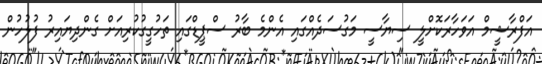
އަފްރާޝީމް އަވަހާރަކޮށްލީ ސިޔާސީ މަގުސަދެއްގައި އެންމެ ބާރު ސްޕީޑްގައި ތަހުގީގުކުރިއަށް ގެންދިޔައިރު ފުލުހުން